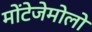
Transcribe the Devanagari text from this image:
मोंटेजेमोलो